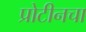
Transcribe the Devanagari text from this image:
प्रोटीनचा